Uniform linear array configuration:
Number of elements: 4
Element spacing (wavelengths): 1
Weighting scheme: blackman
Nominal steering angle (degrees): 0
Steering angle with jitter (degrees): -0.5761
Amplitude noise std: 0.05
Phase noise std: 0.05

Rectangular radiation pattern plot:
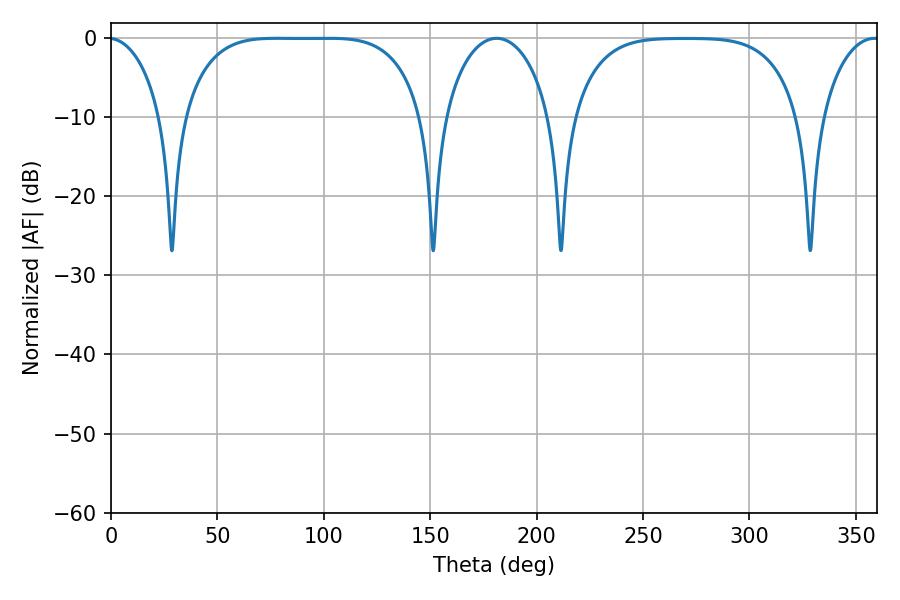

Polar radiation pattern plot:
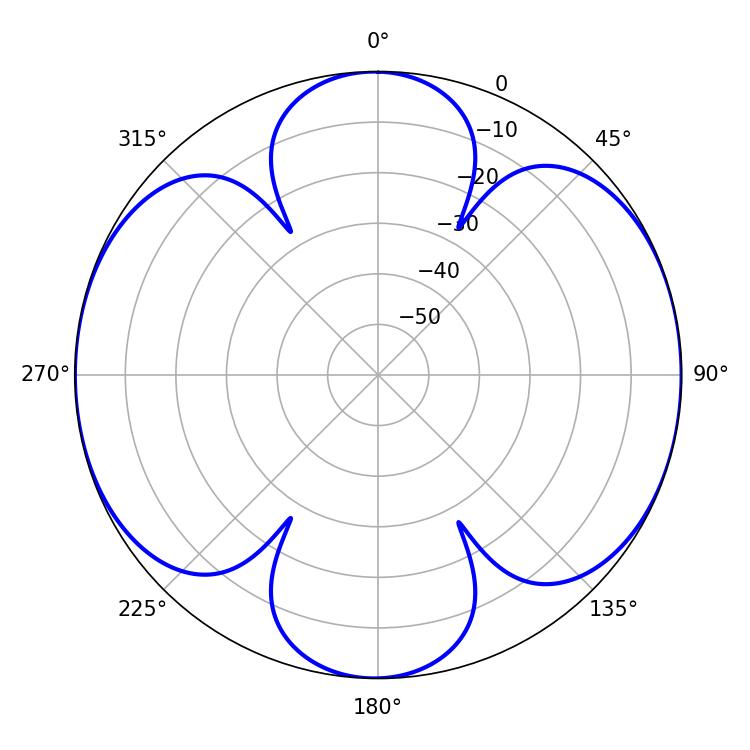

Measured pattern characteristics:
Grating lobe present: TRUE
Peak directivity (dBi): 13.511
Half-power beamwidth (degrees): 86.4
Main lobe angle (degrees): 78.12